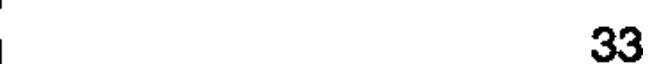
33